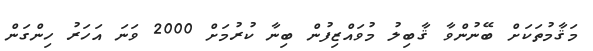
މަޤާމުތަކަށް ބޭނުންވާ ޤާބިލު މުވައްޒިފުން ބިނާ ކުރުމަށް 2000 ވަނަ އަހަރު ހިންގަން